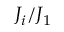
J _ { i } / J _ { 1 }